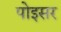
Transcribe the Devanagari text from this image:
पोइसर